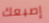
إصبعك